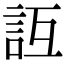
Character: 𧥮